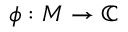
\phi : M \to \mathbb { C }